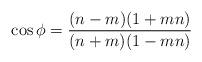
LaTeX: \begin{align*}\cos \phi = \frac{(n-m)(1+mn)}{(n+m)(1-mn)}\end{align*}